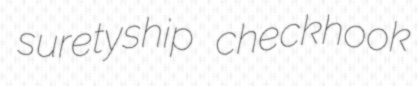
suretyship checkhook